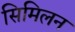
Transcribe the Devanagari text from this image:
सिमिलन